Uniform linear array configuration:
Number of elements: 16
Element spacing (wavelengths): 0.75
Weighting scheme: cosine
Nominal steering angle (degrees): -60
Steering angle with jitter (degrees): -59.155
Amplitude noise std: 0.05
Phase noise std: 0.05

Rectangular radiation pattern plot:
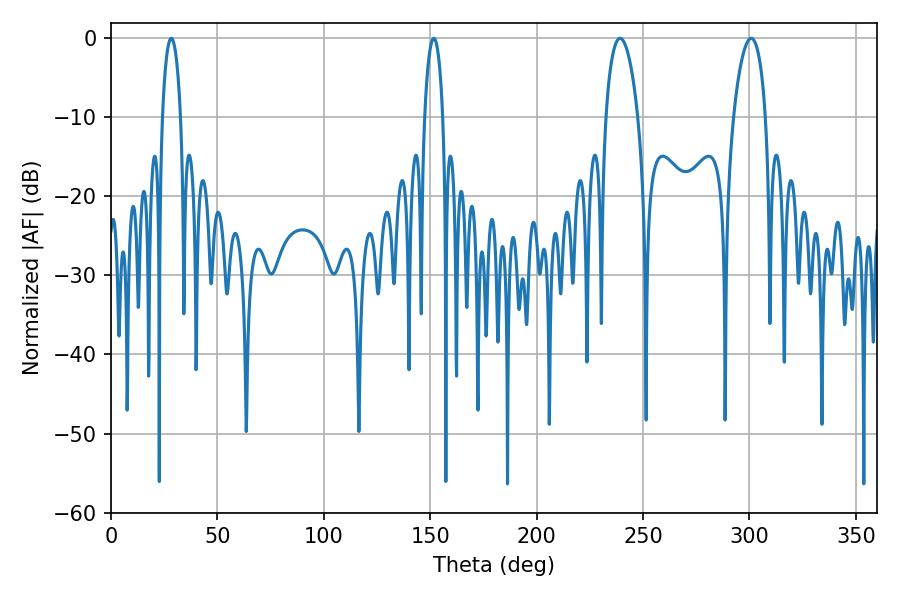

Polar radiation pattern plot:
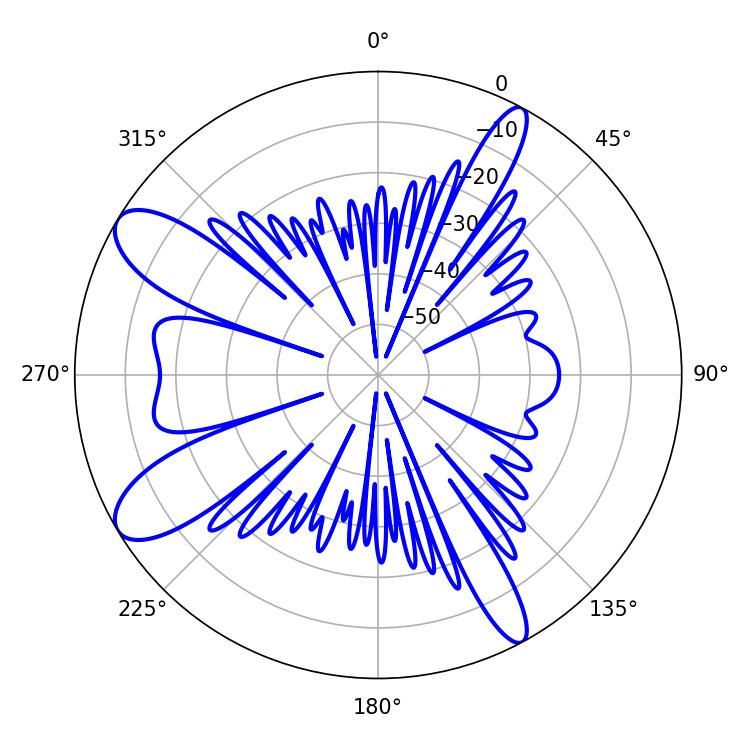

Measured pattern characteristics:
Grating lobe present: TRUE
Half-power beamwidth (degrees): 8.46
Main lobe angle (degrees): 239.22